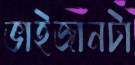
ভাইজানটা